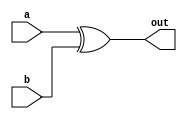
`timescale 1ns / 1ps

module XorX16(
    input [15:0] a,
    input [15:0] b,
    output [15:0] out
    );
    
    assign out = a ^ b;

endmodule